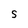
Character: S